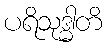
ပရိသုဒ္ဓါတိ